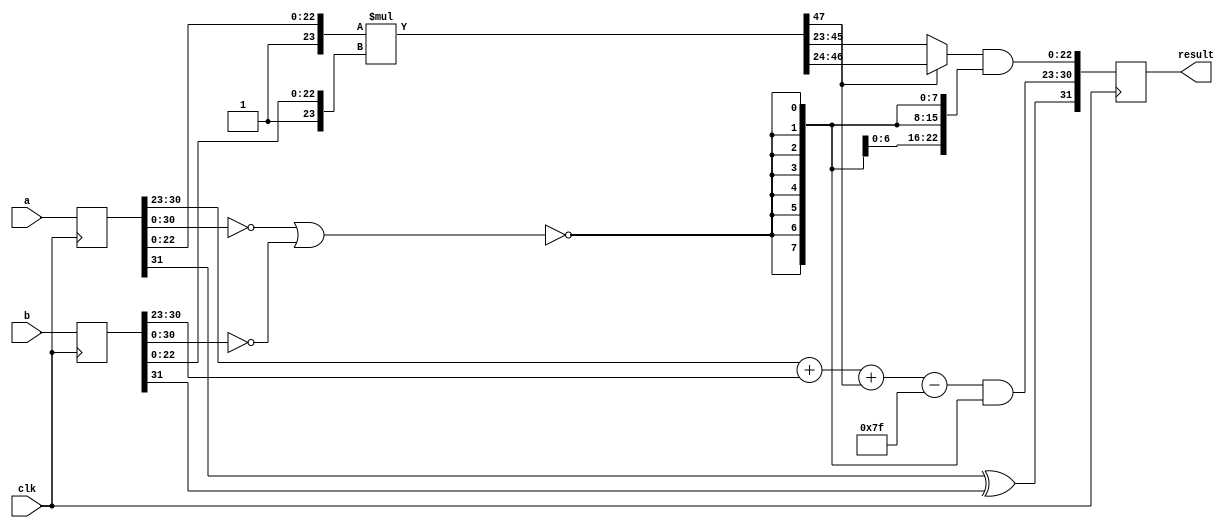
module FPMultiplier (
    input clk, 
    input  [31:0] a,
    input  [31:0] b,
    output reg  [31:0]  result
);

reg [31:0] a_reg;
reg [31:0] b_reg;
wire isZero;
assign isZero=(a_reg[30:0]==31'd0 || b_reg[30:0]==31'd0);



wire [49:0] tempMantisa;

assign tempMantisa = {2'b01,a_reg[22:0]}*{2'b01,b_reg[22:0]}; 

always @(posedge(clk))
begin
a_reg <=a;
b_reg<=b;
result[30:23]<=( a_reg[30:23]+b_reg[30:23]+tempMantisa[47]-8'd127)& {8{~isZero}};
result[22:0]<= (tempMantisa[47]?tempMantisa[46-:23]:tempMantisa[45-:23])& {23{~isZero}} ;
result[31]<= a_reg[31]^b_reg[31]; 
end

endmodule